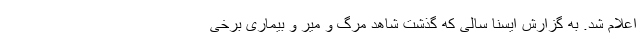
اعلام شد. به گزارش ایسنا سالی که گذشت شاهد مرگ و میر و بیماری برخی